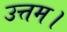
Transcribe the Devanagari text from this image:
उत्तम।